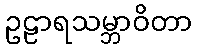
ဥဠာရသမ္ဘာဝိတာ